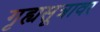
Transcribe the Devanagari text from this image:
गृह्यसूत्रावर